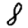
Digit: 8